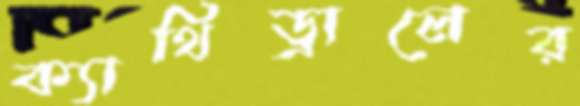
ক্যাথিড্রালের